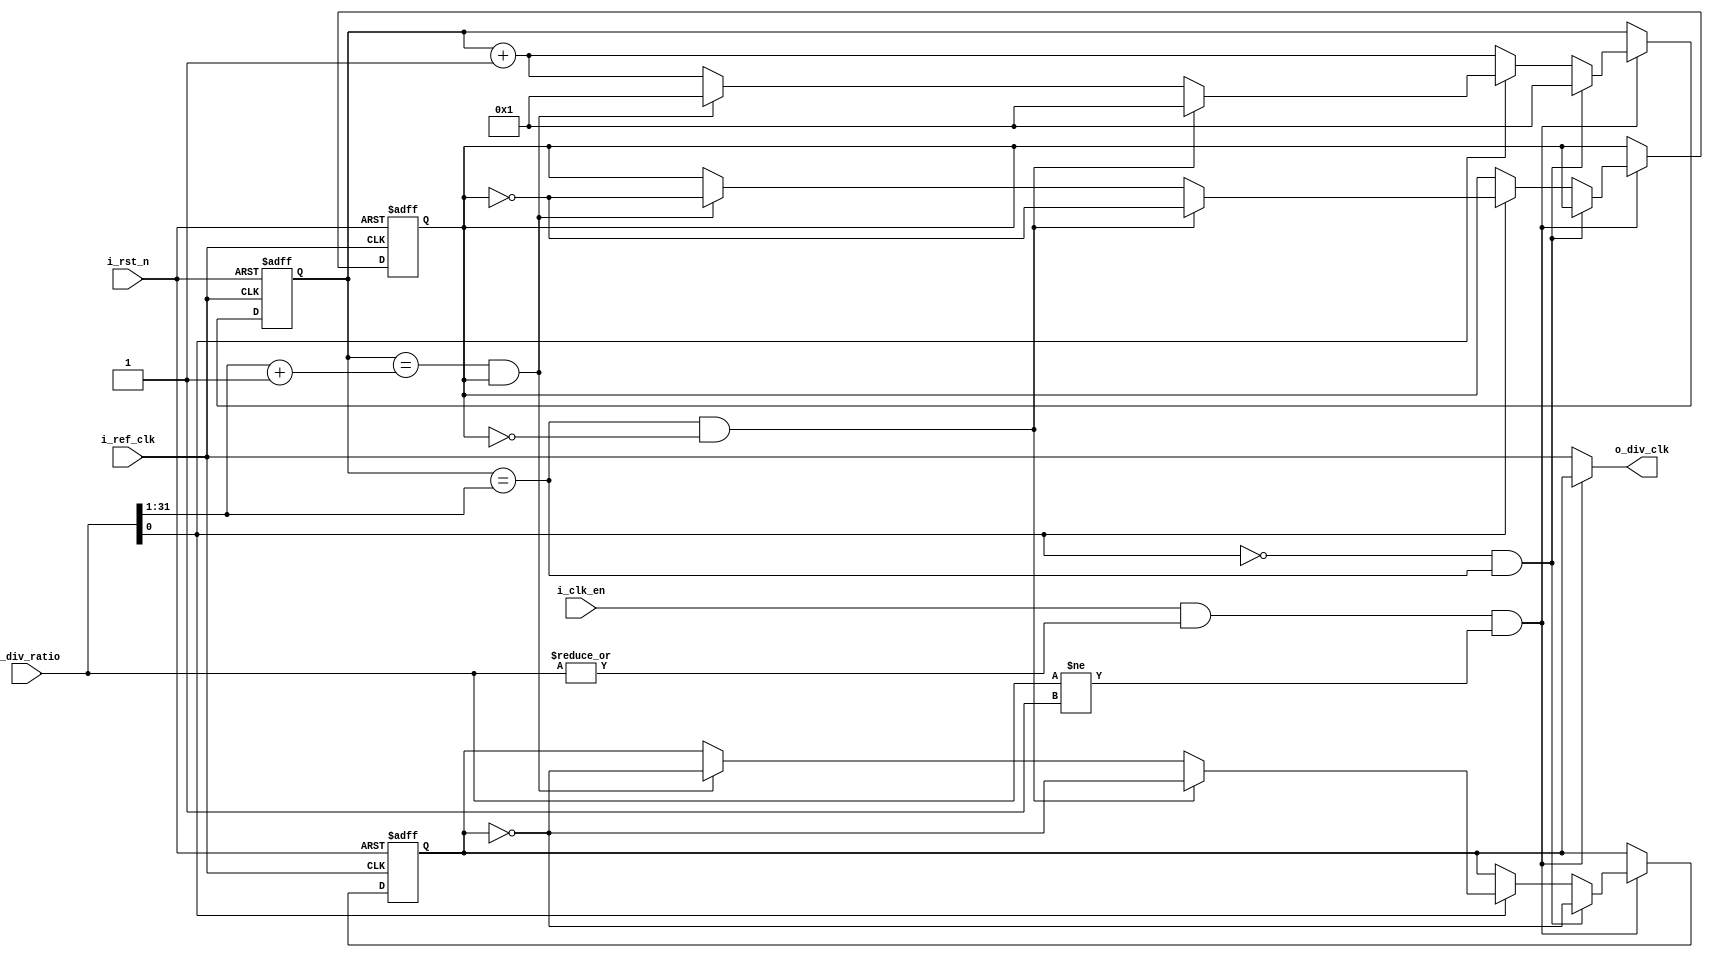
module ClkDiv (
    input       wire                     i_ref_clk,
    input       wire                     i_rst_n,
    input       wire                     i_clk_en,
    input       wire        [31:0]       i_div_ratio,
    output      wire                     o_div_clk
);

reg     [31:0]      counter;
reg                 Toggled;
wire                ClkEn;
reg                 div_clk;

always @ (posedge i_ref_clk or negedge i_rst_n)
    begin
        if (!i_rst_n)
            begin
                counter <= 0;
                div_clk <= 0;
                Toggled <= 0;
            end
        else
            begin
                if (ClkEn)
                begin
                    counter <= counter + 1;

                    if (!i_div_ratio[0] && counter == (i_div_ratio >> 1))
                        begin 
                            div_clk <= ~div_clk;
                            counter <= 1;
                        end
                        
                    else if (i_div_ratio[0])
                        begin
                            if (counter == (i_div_ratio >> 1) && !Toggled)
                                begin
                                    div_clk <= ~div_clk;
                                    Toggled <= ~Toggled;
                                    counter <= 1;
                                end

                            else if (counter == ((i_div_ratio >> 1) + 1) && Toggled)
                                begin
                                    div_clk <= ~div_clk;
                                    Toggled <= ~Toggled;
                                    counter <= 1;
                                end
                        end
                end
            end

    end

assign ClkEn = i_clk_en && |i_div_ratio && (i_div_ratio != 1);

assign o_div_clk = ClkEn ? div_clk : i_ref_clk;

endmodule